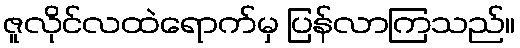
ဇူလိုင်လထဲရောက်မှ ပြန်လာကြသည်။